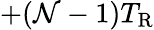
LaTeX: +(\mathcal{N}-1)T_{\mathrm{{R}}}